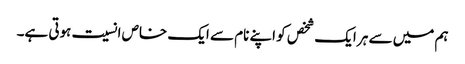
ہم میں سے ہر ایک شخص کو اپنے نام سے ایک خاص انسیت ہوتی ہے۔